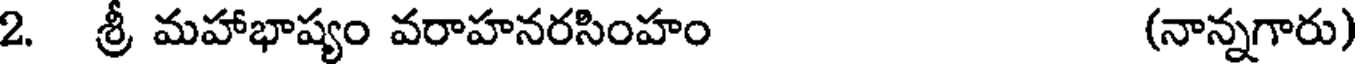
2. శ్రీ మహాభాష్యం వరాహనరసింహం (నాన్నగారు)